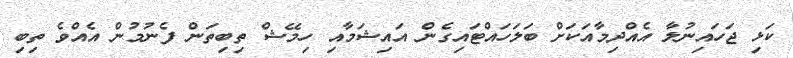
ކަޅި ޖަހައިނުލާ އެއްދިމާއަކަށް ބަލަހައްޓައިގެން އައިޝަމާއި ހިމޭޝް ތިބިތަން ފެނުމުން އެއްވެ ތިބި